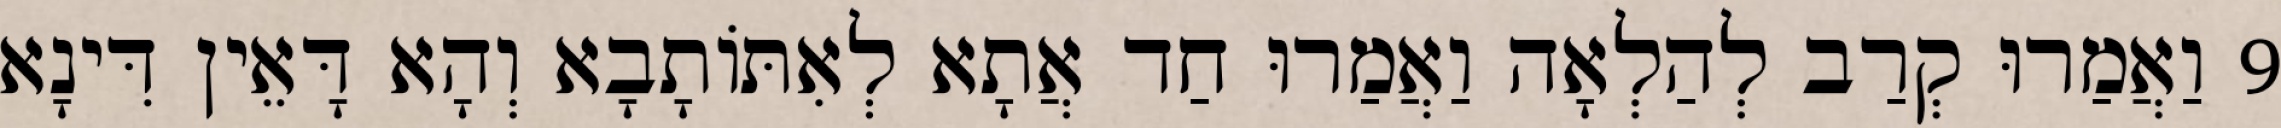
9 וַאֲמַרוּ קְרַב לְהַלְאָה וַאֲמַרוּ חַד אֲתָא לְאִתּוֹתָבָא וְהָא דָּאֵין דִּינָא